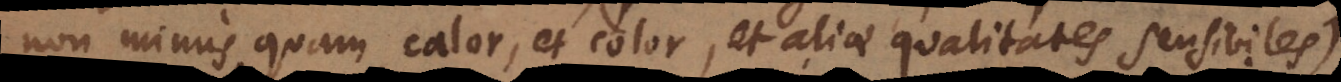
non minus quam calor, et color, et aliae qualitates sensibiles),